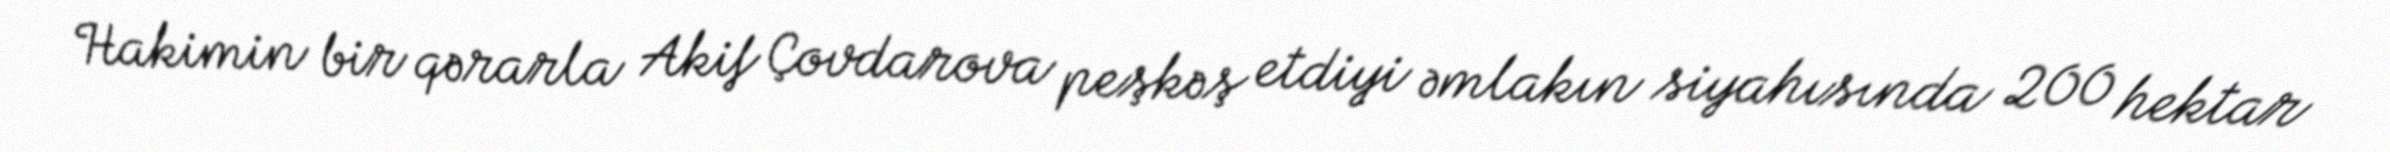
Hakimin bir qərarla Akif Çovdarova peşkəş etdiyi əmlakın siyahısında 200 hektar